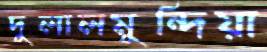
দুলালমুন্দিয়া